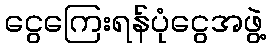
ငွေကြေးရန်ပုံငွေအဖွဲ့